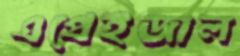
এপ্রেইজাল